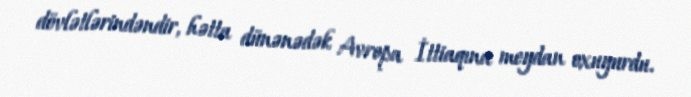
dövlətlərindəndir, hətta dünənədək Avropa İttiaqına meydan oxuyurdu.